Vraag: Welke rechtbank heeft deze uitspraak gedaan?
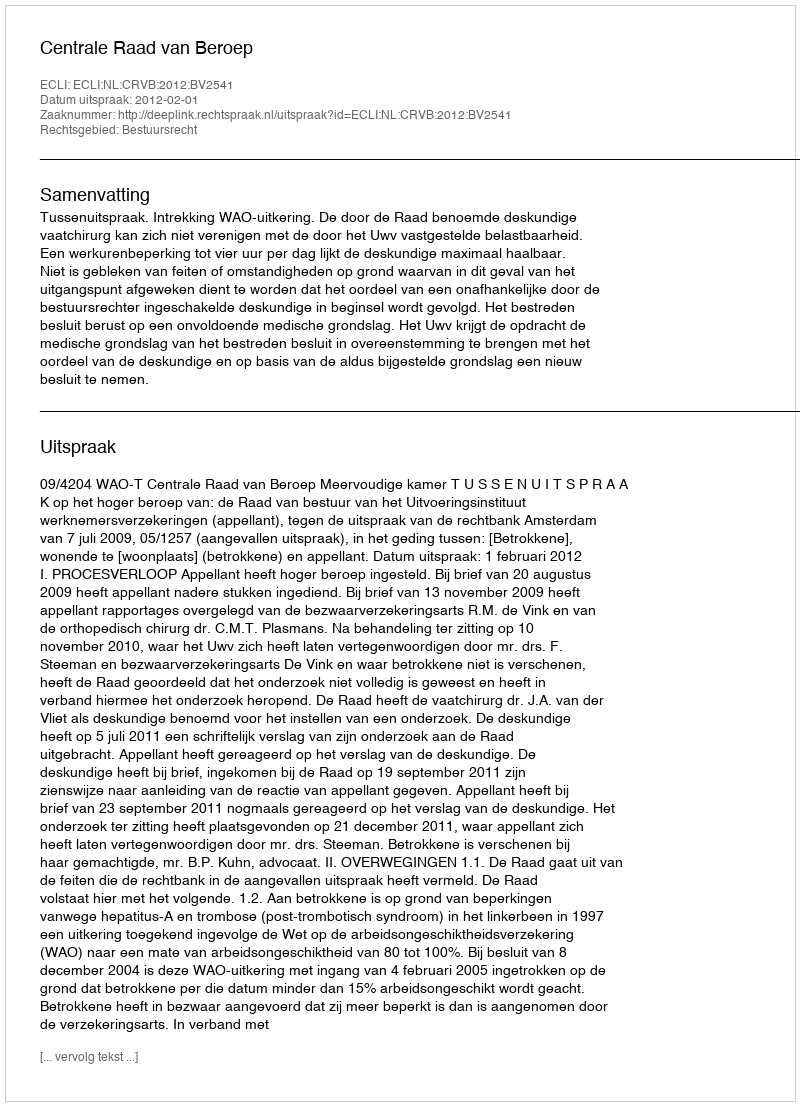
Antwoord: Centrale Raad van Beroep